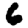
Digit: 6